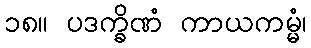
၁၈။ ပဒက္ခိဏံ ကာယကမ္မံ၊